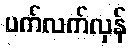
ပက်လက်လှန်